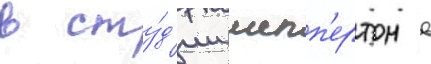
в сту́д'ии шепп'ертон в